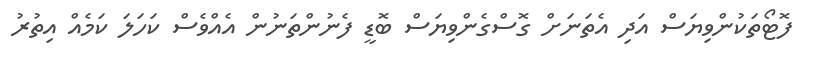
ފޮޓޯތަކުންވިޔަސް އަދި އެތަނަށް ގޮސްގެންވިޔަސް ބޮޑީ ފެނުންތަނުން އެއްވެސް ކަހަލަ ކަމެއް އިތުރު